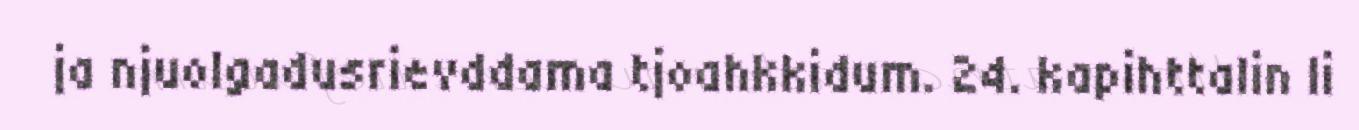
ja njuolgadusrievddama tjoahkkidum. 24. kapihttalin li